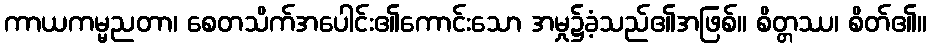
ကာယကမ္မညတာ၊ စေတသိက်အပေါင်း၏ကောင်းသော အမှု၌ခံ့သည်၏အဖြစ်။ စိတ္တဿ၊ စိတ်၏။